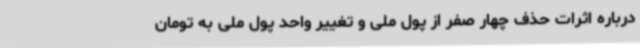
درباره اثرات حذف چهار صفر از پول ملی و تغییر واحد پول ملی به تومان